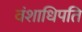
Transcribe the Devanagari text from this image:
वंशाधिपति